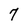
Character: 7